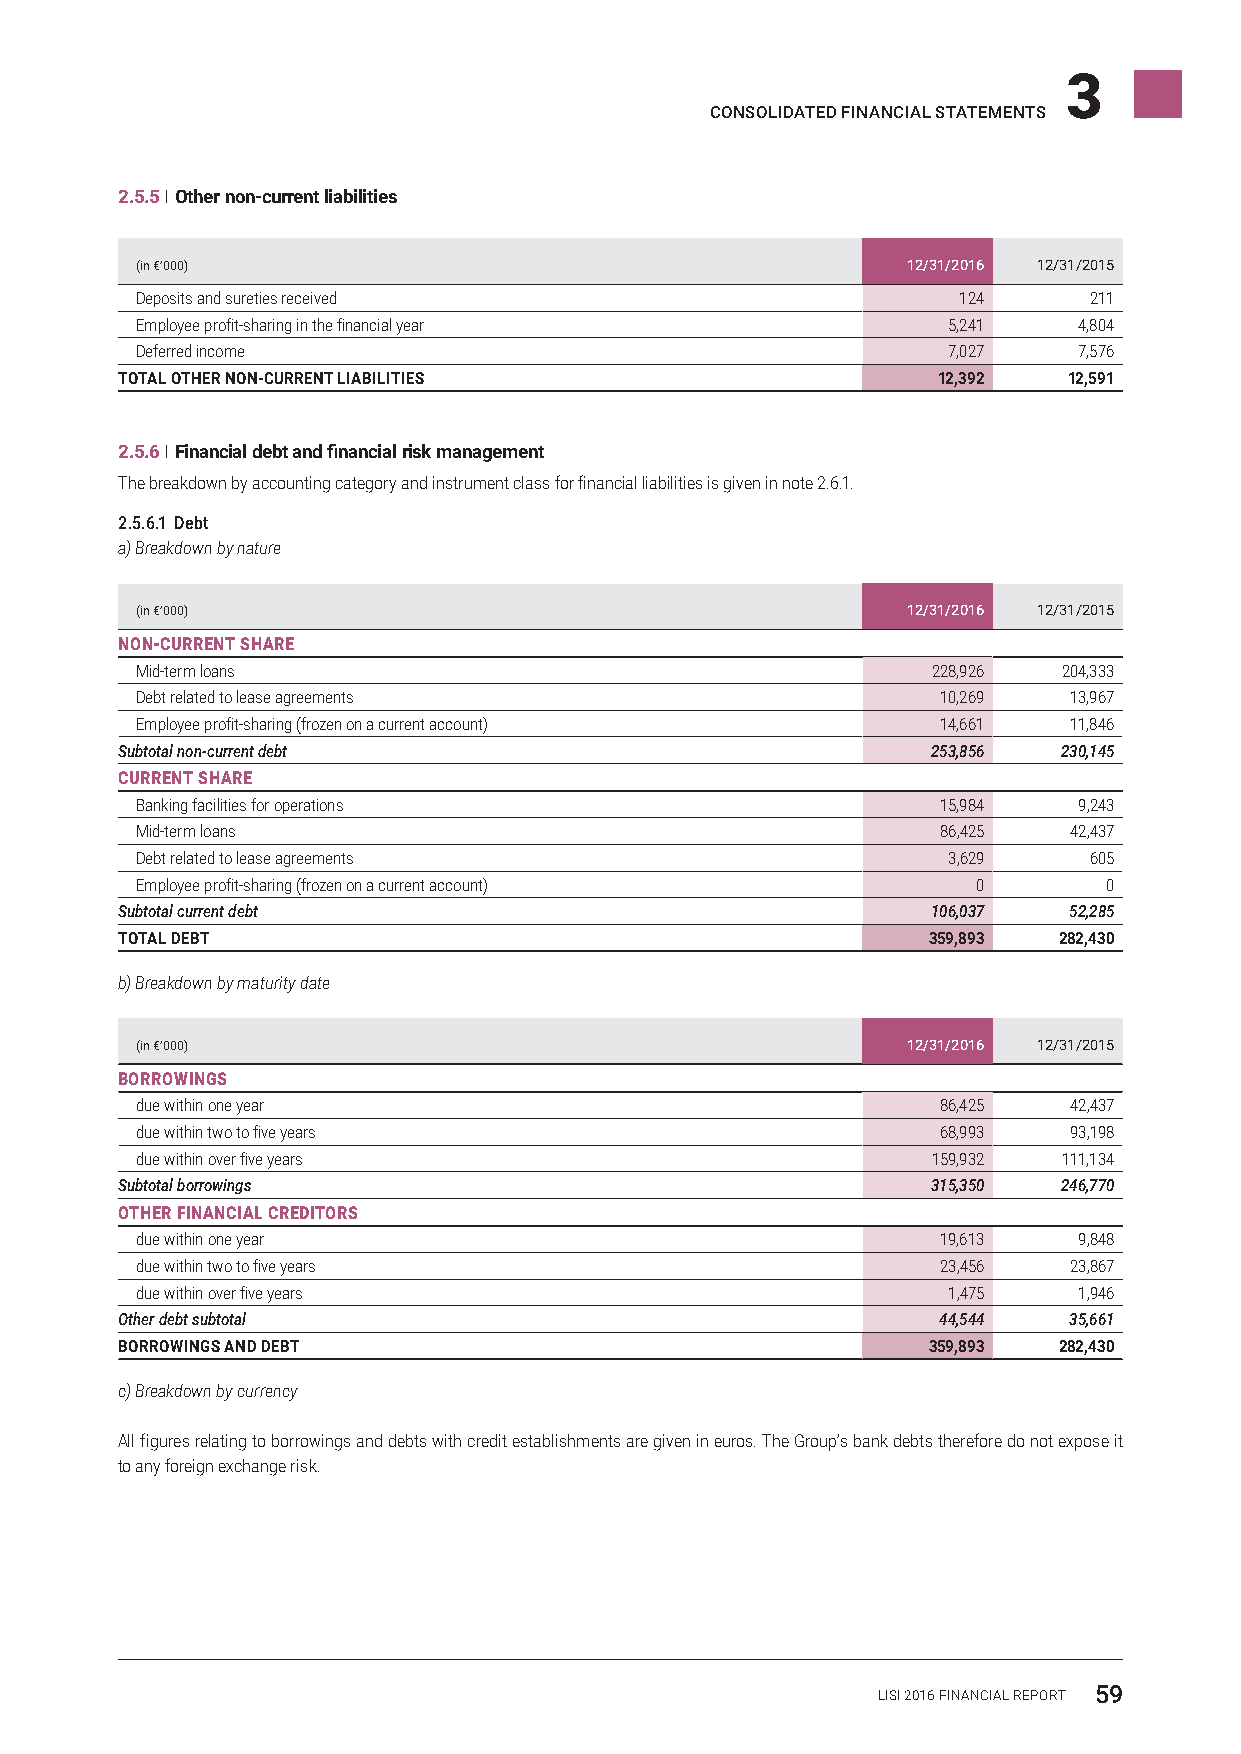
3
 CONSOLIDATED FINANCIAL STATEMENTS
 2.5.5 I Other non‑current liabilities
 (in €’000)                                         12/31/2016 12/31/2015
 Deposits and sureties received                        124      211
 Employee profit-sharing in the financial year         5,241   4,804
 Deferred income                                       7,027   7,576
 TOTAL OTHER NON‑CURRENT LIABILITIES                   12,392   12,591
 2.5.6 I Financial debt and financial risk management
 The breakdown by accounting category and instrument class for financial liabilities is given in note 2.6.1.
 2.5.6.1 Debt
 a) Breakdown by nature
 (in €’000)                                         12/31/2016 12/31/2015
 NON-CURRENT SHARE
 Mid-term loans                                       228,926 204,333
 Debt related to lease agreements                     10,269   13,967
 Employee profit-sharing (frozen on a current account) 14,661  11,846
 Subtotal non-current debt                             253,856 230,145
 CURRENT SHARE
 Banking facilities for operations                    15,984   9,243
 Mid-term loans                                       86,425   42,437
 Debt related to lease agreements                      3,629    605
 Employee profit-sharing (frozen on a current account)   0       0
 Subtotal current debt                                 106,037  52,285
 TOTAL DEBT                                           359,893  282,430
 b) Breakdown by maturity date
 (in €’000)                                         12/31/2016 12/31/2015
 BORROWINGS
 due within one year                                  86,425   42,437
 due within two to five years                         68,993   93,198
 due within over five years                           159,932 111,134
 Subtotal borrowings                                   315,350 246,770
 OTHER FINANCIAL CREDITORS
 due within one year                                  19,613   9,848
 due within two to five years                         23,456   23,867
 due within over five years                            1,475   1,946
 Other debt subtotal                                   44,544   35,661
 BORROWINGS AND DEBT                                  359,893  282,430
 c) Breakdown by currency
 All figures relating to borrowings and debts with credit establishments are given in euros. The Group’s bank debts therefore do not expose it
 to any foreign exchange risk.
 LISI 2016 FINANCIAL REPORT 59